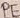
Text: PE